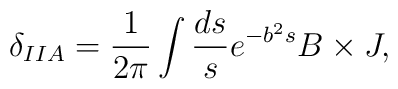
\delta_{IIA}=\frac{1}{2\pi}\int \frac{ds}{s} e^{-b^2 s} B \times J,